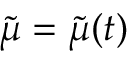
\tilde { \boldsymbol { \mu } } = \tilde { \boldsymbol { \mu } } ( t )